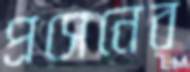
প্রসেনের